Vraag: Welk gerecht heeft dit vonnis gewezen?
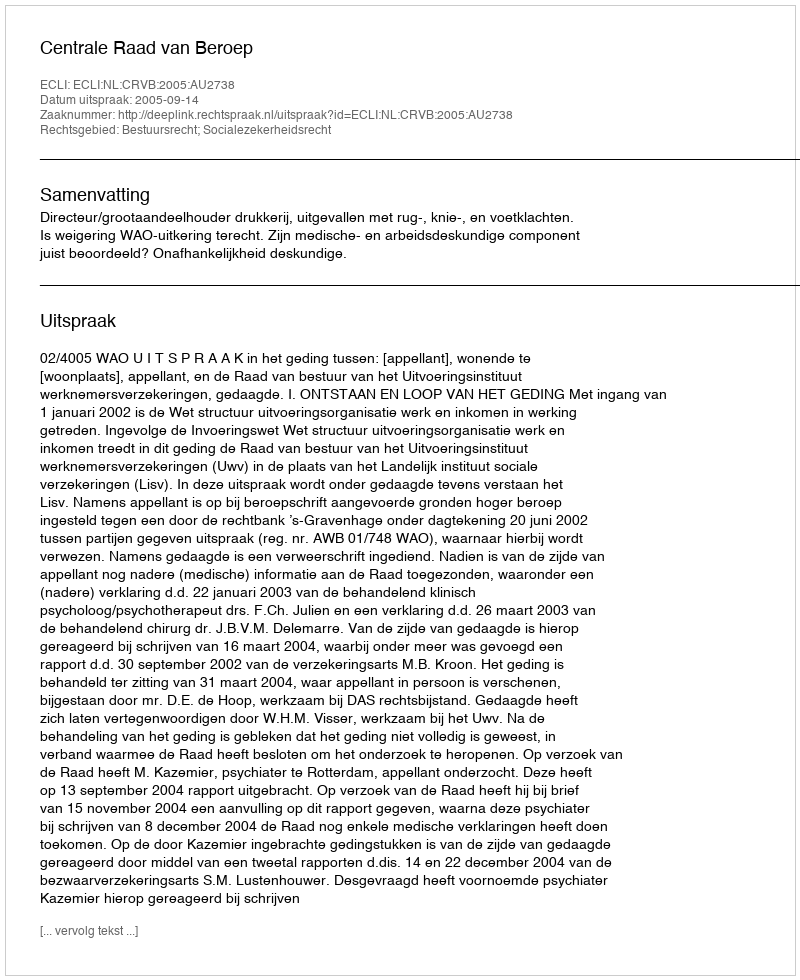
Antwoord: Centrale Raad van Beroep